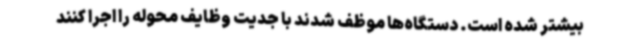
بیشتر شده است. دستگاه‌ها موظف شدند با جدیت وظایف محوله را اجرا کنند